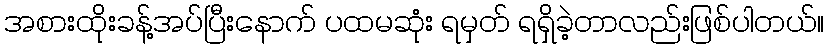
အစားထိုးခန့်အပ်ပြီးနောက် ပထမဆုံး ရမှတ် ရရှိခဲ့တာလည်းဖြစ်ပါတယ်။